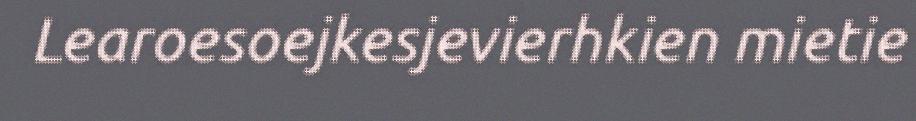
Learoesoejkesjevierhkien mietie